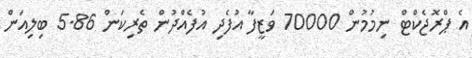
އެ ޕްރޮޖެކްޓް ނިމުމުން 70000 ވަޒީފާ އުފެދި އުފެއްދުން ތެރިކަން 5.86 ބިލިއަން